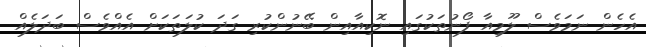
އެހެން ނަމަވެސް ލޫމިއާ ފޯނުތަކުގައި ނޮކިއާއިން ބޭނުންކުރި ގަދަ ކުލަތަކަށް އެއްވެސް ބަދަލެއް